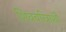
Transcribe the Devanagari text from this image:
शिवचरित्राशी